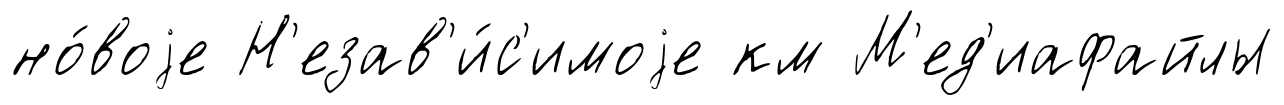
но́воjе Н'езав'и́с'имоjе км М'ед'иафайлы